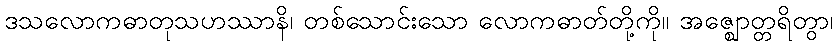
ဒသလောကဓာတုသဟဿာနိ၊ တစ်သောင်းသော လောကဓာတ်တို့ကို။ အဇ္ဈောတ္တရိတွာ၊